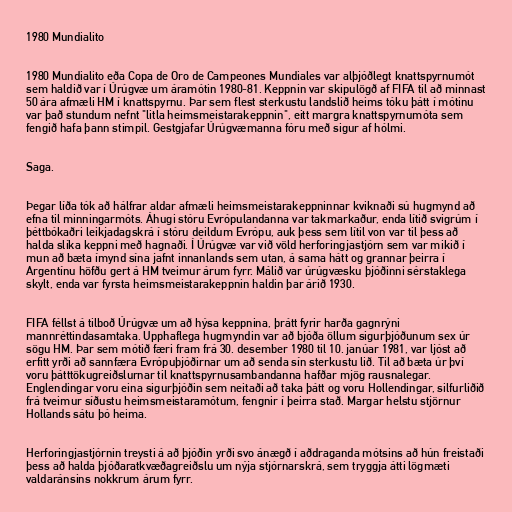
1980 Mundialito

1980 Mundialito eða Copa de Oro de Campeones Mundiales var alþjóðlegt knattspyrnumót
sem haldið var í Úrúgvæ um áramótin 1980-81. Keppnin var skipulögð af FIFA til að minnast
50 ára afmæli HM í knattspyrnu. Þar sem flest sterkustu landslið heims tóku þátt í mótinu
var það stundum nefnt "litla heimsmeistarakeppnin", eitt margra knattspyrnumóta sem
fengið hafa þann stimpil. Gestgjafar Úrúgvæmanna fóru með sigur af hólmi.

Saga.

Þegar líða tók að hálfrar aldar afmæli heimsmeistarakeppninnar kviknaði sú hugmynd að
efna til minningarmóts. Áhugi stóru Evrópulandanna var takmarkaður, enda lítið svigrúm í
þéttbókaðri leikjadagskrá í stóru deildum Evrópu, auk þess sem lítil von var til þess að
halda slíka keppni með hagnaði. Í Úrúgvæ var við völd herforingjastjórn sem var mikið í
mun að bæta ímynd sína jafnt innanlands sem utan, á sama hátt og grannar þeirra í
Argentínu höfðu gert á HM tveimur árum fyrr. Málið var úrúgvæsku þjóðinni sérstaklega
skylt, enda var fyrsta heimsmeistarakeppnin haldin þar árið 1930.

FIFA féllst á tilboð Úrúgvæ um að hýsa keppnina, þrátt fyrir harða gagnrýni
mannréttindasamtaka. Upphaflega hugmyndin var að bjóða öllum sigurþjóðunum sex úr
sögu HM. Þar sem mótið færi fram frá 30. desember 1980 til 10. janúar 1981, var ljóst að
erfitt yrði að sannfæra Evrópuþjóðirnar um að senda sín sterkustu lið. Til að bæta úr því
voru þátttökugreiðslurnar til knattspyrnusambandanna hafðar mjög rausnalegar.
Englendingar voru eina sigurþjóðin sem neitaði að taka þátt og voru Hollendingar, silfurliðið
frá tveimur síðustu heimsmeistaramótum, fengnir í þeirra stað. Margar helstu stjörnur
Hollands sátu þó heima.

Herforingjastjórnin treysti á að þjóðin yrði svo ánægð í aðdraganda mótsins að hún freistaði
þess að halda þjóðaratkvæðagreiðslu um nýja stjórnarskrá, sem tryggja átti lögmæti
valdaránsins nokkrum árum fyrr.